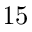
1 5